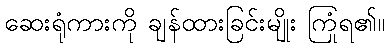
ဆေးရုံကားကို ချန်ထားခြင်းမျိုး ကြုံရ၏။